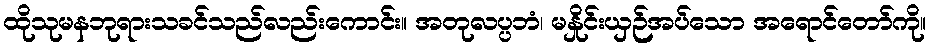
ထိုသုမနဘုရားသခင်သည်လည်းကောင်း။ အတုလပ္ပဘံ၊ မနှိုင်းယှဉ်အပ်သော အရောင်တော်ကို။